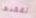
تفقدها